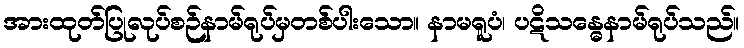
အားထုတ်ပြုလုပ်စဉ်နာမ်ရုပ်မှတစ်ပါးသော။ နာမရူပံ၊ ပဋိသန္ဓေနာမ်ရုပ်သည်။